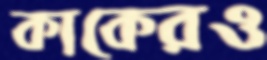
কাকেরও